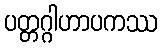
ပတ္တဂ္ဂါဟာပကဿ